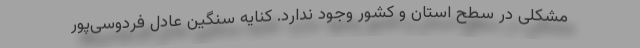
مشکلی در سطح استان و کشور وجود ندارد. کنایه سنگین عادل فردوسی‌پور